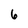
Character: 6